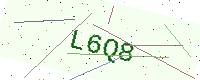
Text: L6Q8